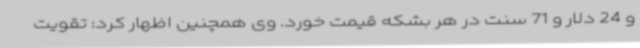
و 24 دلار و 71 سنت در هر بشکه قیمت خورد. وی همچنین اظهار کرد: تقویت